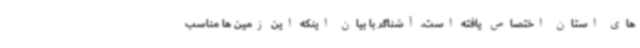
های استان اختصاص یافته است. آشناگر با بیان اینکه این زمین ها مناسب